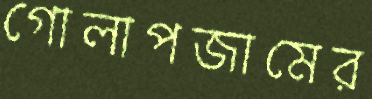
গোলাপজামের